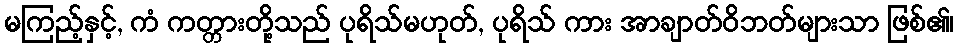
မကြည့်နှင့်, ကံ ကတ္တားတို့သည် ပုရိသ်မဟုတ်, ပုရိသ် ကား အာချာတ်ဝိဘတ်များသာ ဖြစ်၏၊